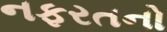
નફરતનો